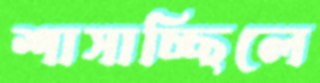
শাসাচ্ছিলে